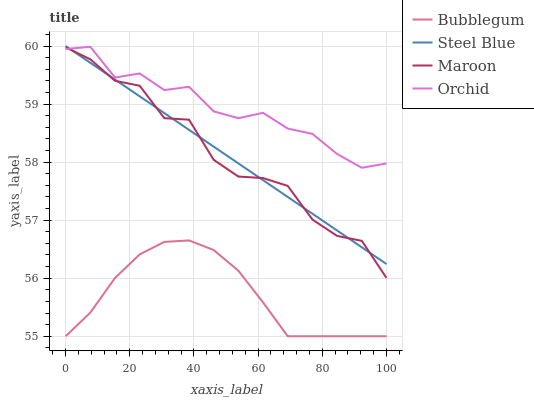
| xaxis_label | Bubblegum | Steel Blue | Maroon | Orchid |
 | --- | --- | --- | --- | --- |
 | 0 | 55 | 60 | 60 | 59.9 |
 | 7.69 | 55.4 | 59.7 | 59.8 | 60 |
 | 15.4 | 56 | 59.4 | 59.4 | 59.5 |
 | 23.1 | 56.4 | 59.1 | 59.3 | 59.5 |
 | 30.8 | 56.6 | 58.8 | 58.8 | 59.2 |
 | 38.5 | 56.7 | 58.6 | 58.7 | 59.3 |
 | 46.2 | 56.5 | 58.3 | 58 | 58.9 |
 | 53.8 | 56.1 | 58 | 57.8 | 58.8 |
 | 61.5 | 55.6 | 57.7 | 57.7 | 58.8 |
 | 69.2 | 55 | 57.4 | 57.6 | 58.6 |
 | 76.9 | 55 | 57.1 | 57 | 58.5 |
 | 84.6 | 55 | 56.8 | 56.7 | 58.1 |
 | 92.3 | 55 | 56.5 | 56.6 | 57.9 |
 | 100 | 55 | 56.2 | 56 | 58 |